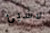
لاشيئ